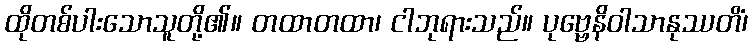
ထိုတစ်ပါးသောသူတို့၏။ တထာတထာ၊ ငါဘုရားသည်။ ပုဗ္ဗေနိဝါသာနုဿတိံ၊